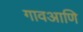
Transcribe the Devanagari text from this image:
गावआणि